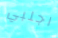
اجلبي